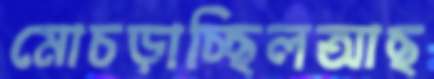
মোচড়াচ্ছিলআছ